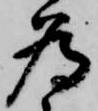
為